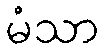
မံသာ